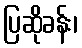
ပြဆိုခန်း၊